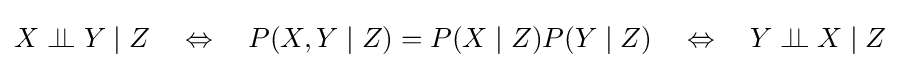
X\perp \!\!\!\perp Y\mid Z\quad \Leftrightarrow \quad P(X,Y\mid Z)=P(X\mid Z)P(Y\mid Z)\quad \Leftrightarrow \quad Y\perp \!\!\!\perp X\mid Z